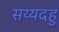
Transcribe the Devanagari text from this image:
सय्यदहु